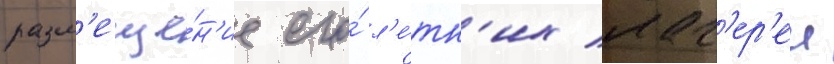
разм'еще́н'ие его́ л'е́тн'их лаг'ер'еи